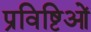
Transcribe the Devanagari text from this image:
प्रविष्टिओं